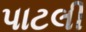
પાટલી